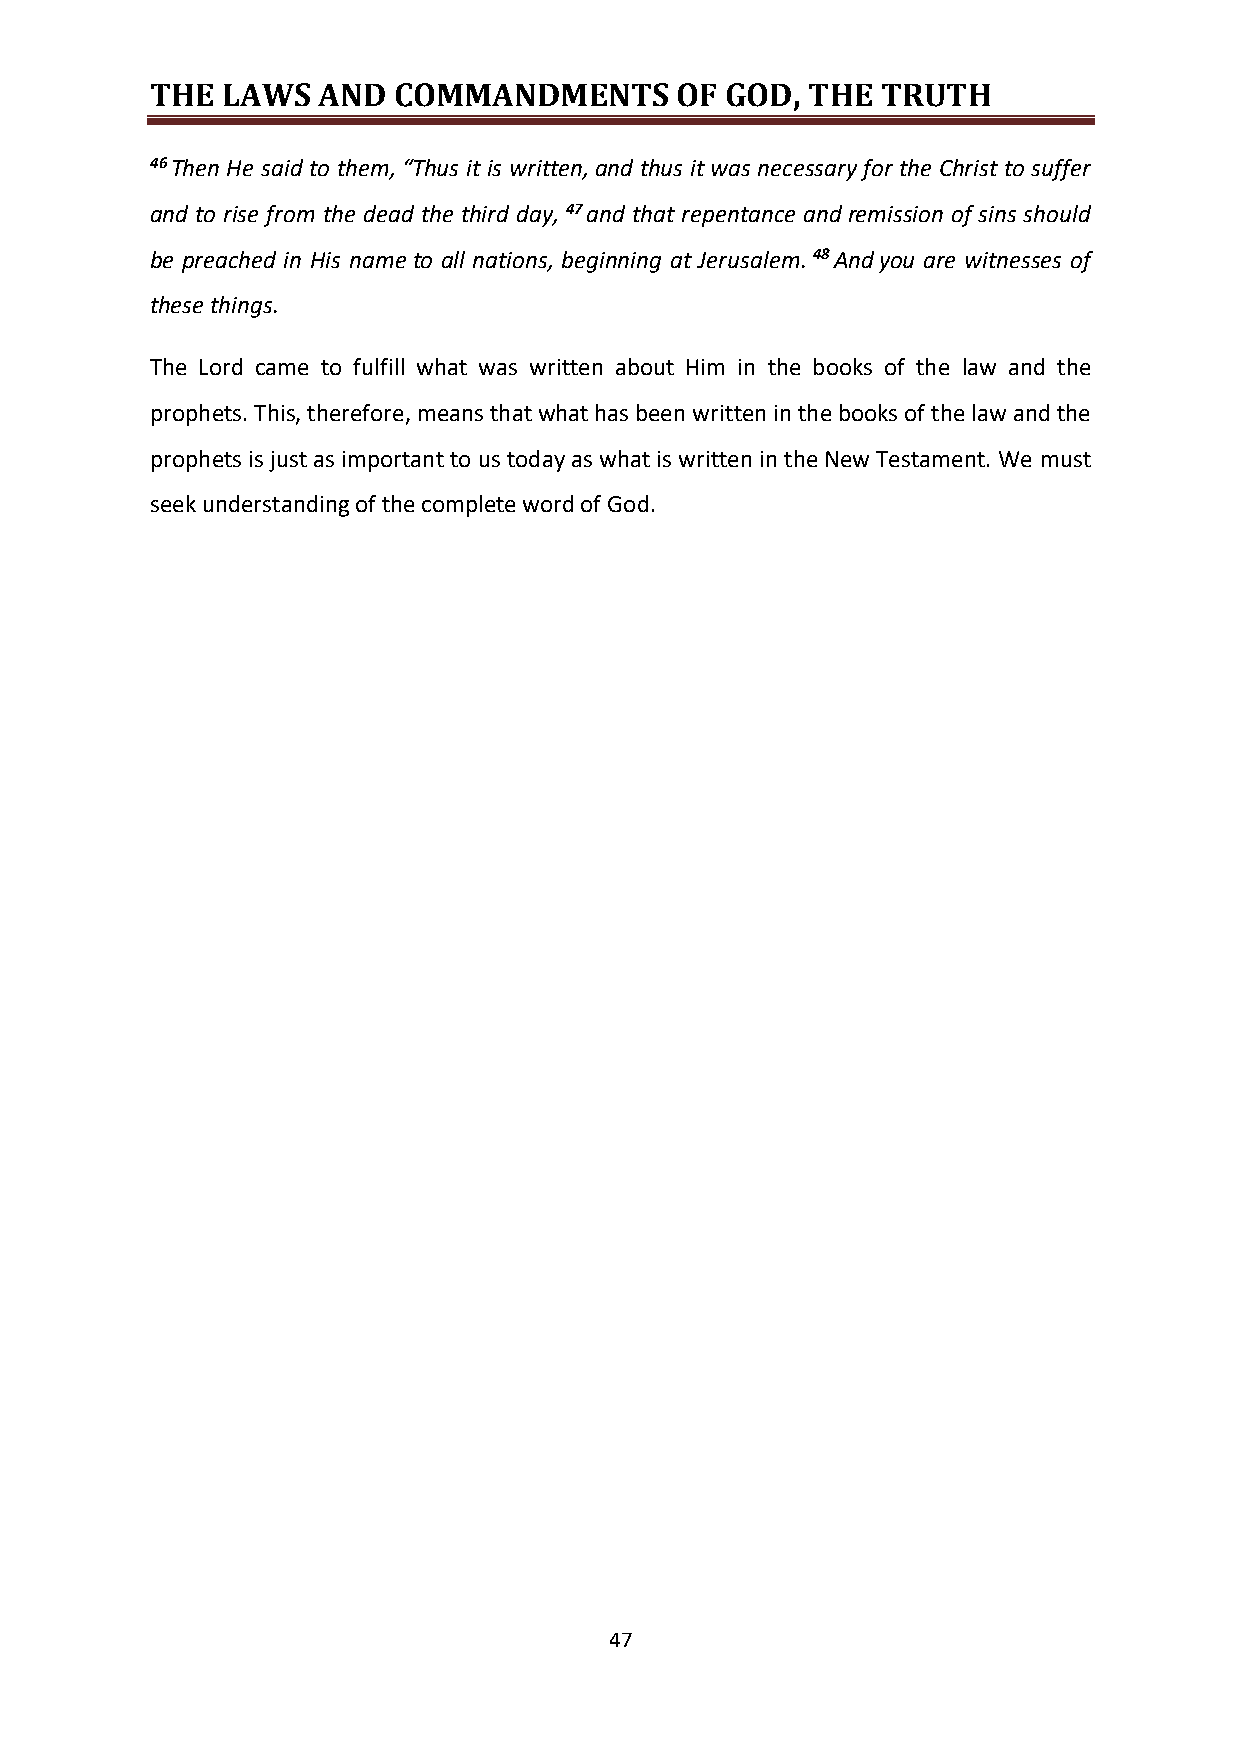
THE  LAWS  AND  COMMANDMENTS       OF GOD, THE  TRUTH
 46 Then He said to them, “Thus it is written, and thus it was necessary for the Christ to suffer
 and to rise from the dead the third day, 47 and that repentance and remission of sins should
 be preached in His name to all nations, beginning at Jerusalem. 48 And you are witnesses of
 these things.
 The Lord came to fulfill what was written about Him in the books of the law and the
 prophets. This, therefore, means that what has been written in the books of the law and the
 prophets is just as important to us today as what is written in the New Testament. We must
 seek understanding of the complete word of God.
 47